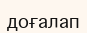
доғалап